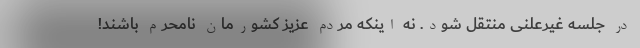
در جلسه غیرعلنی منتقل شود. نه اینکه مردم عزیز کشورمان نامحرم باشند!